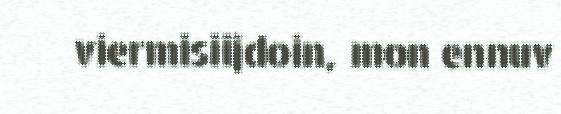
viermisiijdoin, mon ennuv